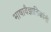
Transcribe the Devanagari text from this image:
भाषावैज्ञानिकांनी